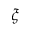
\xi